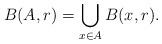
LaTeX: \begin{align*} B(A,r) = \bigcup_{x \in A} B(x,r). \end{align*}